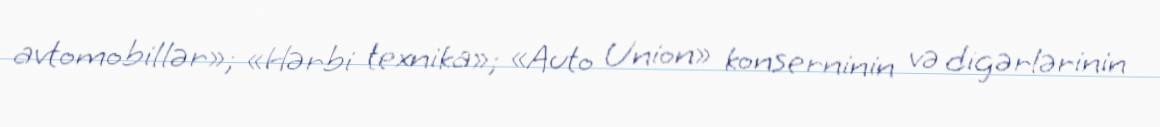
avtomobillər»; «Hərbi texnika»; «Auto Union» konserninin və digərlərinin